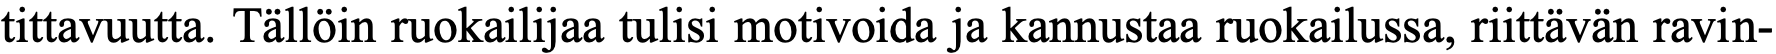
tittavuutta. Tällöin ruokailijaa tulisi motivoida ja kannustaa ruokailussa, riittävän ravin-